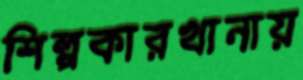
শিল্পকারখানায়